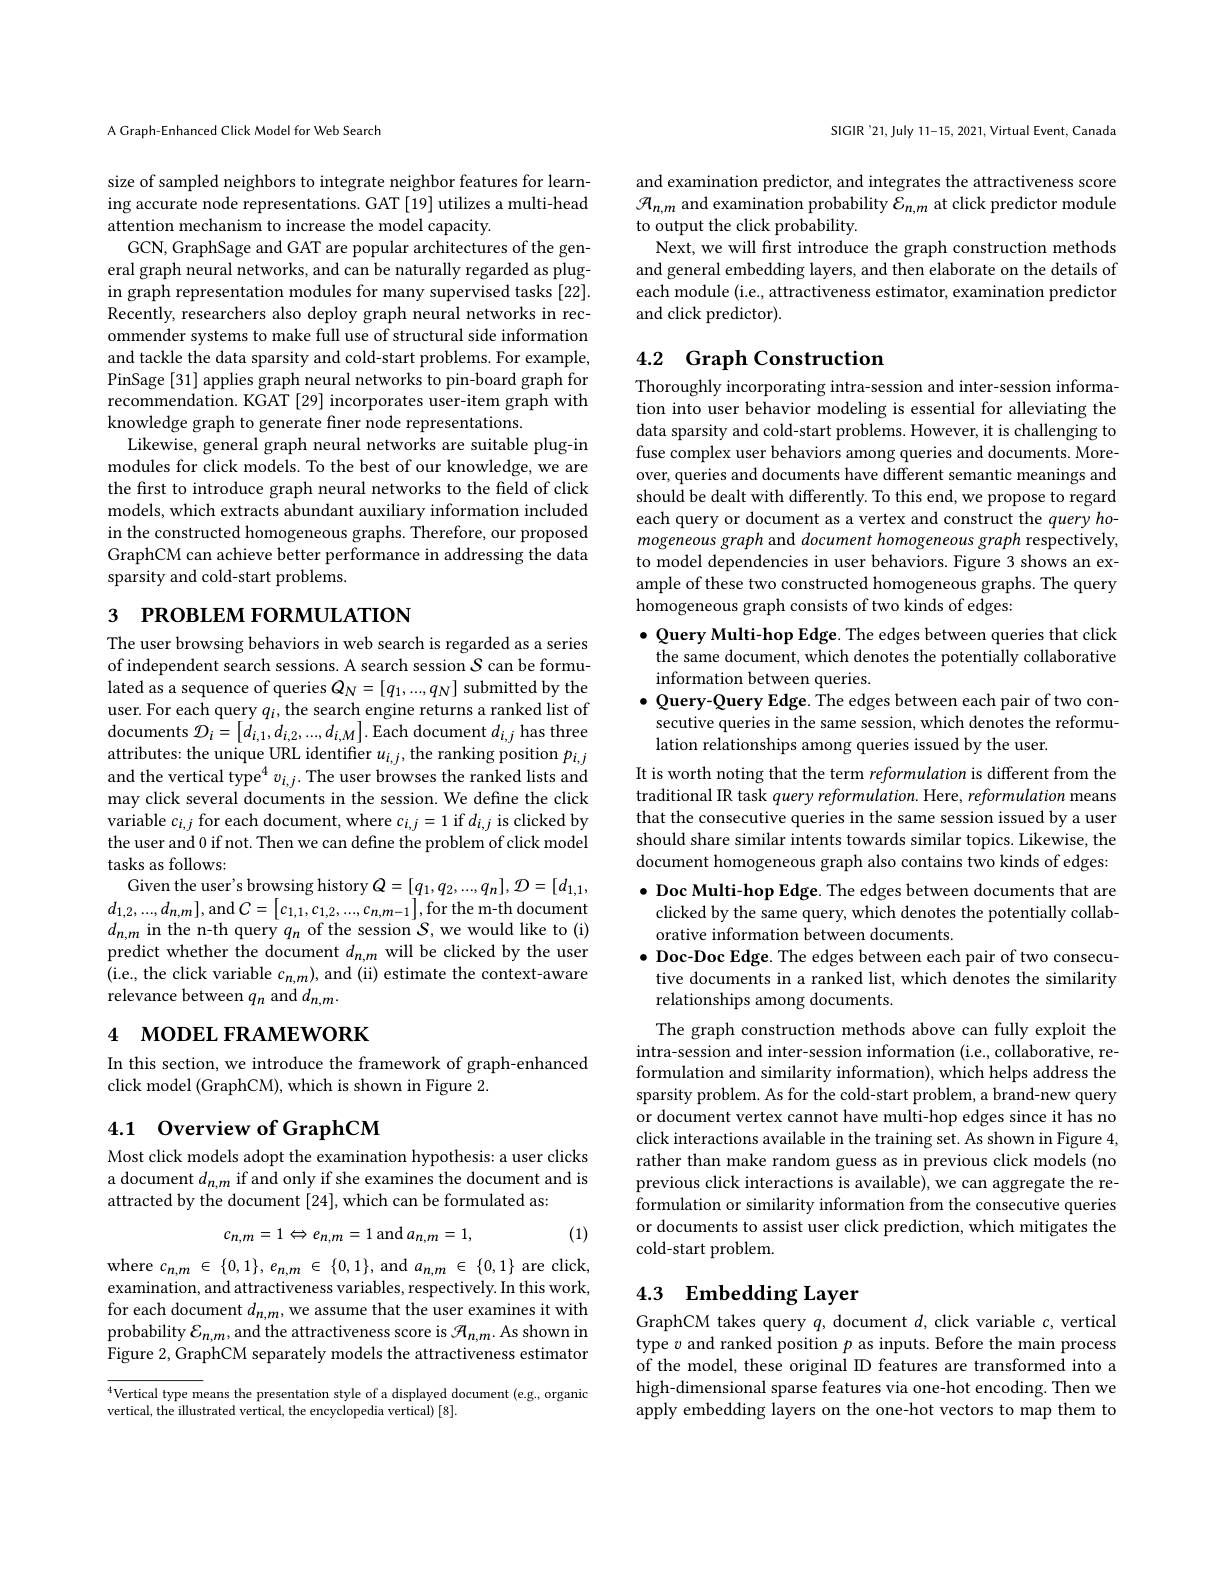
A Graph-Enhanced Click Model for Web Search

size of sampled neighbors to integrate neighbor features for learning accurate node representations. GAT [19] utilizes a multi-head attention mechanism to increase the model capacity.
GCN, GraphSage and GAT are popular architectures of the gen-

eral graph neural networks, and can be naturally regarded as plugin graph representation modules for many supervised tasks [22]. Recently, researchers also deploy graph neural networks in recommender systems to make full use of structural side information and tackle the data sparsity and cold-start problems. For example, PinSage [31] applies graph neural networks to pin-board graph for recommendation. KGAT [29] incorporates user-item graph with knowledge graph to generate finer node representations.
Likewise, general graph neural networks are suitable plug-in modules for click models. To the best of our knowledge, we are the first to introduce graph neural networks to the field of click models, which extracts abundant auxiliary information included in the constructed homogeneous graphs. Therefore, our proposed GraphCM can achieve better performance in addressing the data sparsity and cold-start problems.

# 3 РROВLEМ FORMULATION

The user browsing behaviors in web search is regarded as a series of independent search sessions. A search session $S$ can be formulated as a sequence of queries $Q_N=[q_1,...,q_N]$ submitted by the user. For each query $q_i$, the search engine returns a ranked list of documents $\mathcal{D}_i=\begin{bmatrix}d_{i,1},d_{i,2},...,d_{i,M}\end{bmatrix}.$ Each document $d_i,j$ has three attributes: the unique URL identifier $u_i,j$, the ranking position $p_{i,j}$ and the vertical type$^4v_{i,j}.$The user browses the ranked lists and may click several documents in the session. We define the click variable $c_{i,j}$ for each document, where $c_i,j=1$ if $d_i,j$ is clicked by the user and 0 if not. Then we can define the problem of click model tasks as follows:
Given the user's browsing history $Q=[q_1,q_2,...,q_n],{\mathcal D}=[d_{1,1}$, $d_{1,2},...,d_{n,m}]$,and$C=\left[c_{1,1},c_{1,2},...,c_{n,m-1}\right]$,for the m-th document $d_{n,m}$ in the n-th query $q_n$ of the session $\mathcal S$,we would like to (i) predict whether the document $d_n,m$ will be clicked by the user (i.e., the click variable $c_n,m)$, and (ii) estimate the context-aware relevance between $q_n$ and $d_n,m.$

# 4 мореL ғRAMEWORK

In this section, we introduce the framework of graph-enhanced
click model (GraphCM), which is shown in Figure 2.

## 4.1 Overview of GraphCM

Most click models adopt the examination hypothesis: a user clicks a document $d_{n,m}$ if and only if she examines the document and is attracted by the document [24], which can be formulated as:

(1)
$$c_{n,m}=1\Leftrightarrow e_{n,m}=1\:\mathrm{and}\:a_{n,m}=1,$$
where $c_{n,m}\in\{0,1\},e_{n,m}\in\{0,1\}$,and$a_n,m\in\{0,1\}$ are click, examination, and attractiveness variables, respectively. In this work, for each document $d_n,m$, we assume that the user examines it with probability $\mathcal{E}_n,m$, and the attractiveness score is $\mathcal{H}_n,m.$ As shown in Figure 2, GraphCM separately models the attractiveness estimator

$^{4}$Vertical type means the presentation style of a displayed document (e.g., organic
vertical, the illustrated vertical, the encyclopedia vertical) [8].

SICIR '21, July 11-15, 2021, Virtual Event, Canada

and examination predictor, and integrates the attractiveness score $\mathcal{H}_{n,m}$ and examination probability $\mathcal{E}_n,m$ at click predictor module to output the click probability.
Next, we will frst introduce the graph construction methods and general embedding layers, and then elaborate on the details of each module (i.e., attractiveness estimator, examination predictor and click predictor).

## 4.2 Graph Construction

Thoroughly incorporating intra-session and inter-session information into user behavior modeling is essential for alleviating the data sparsity and cold-start problems. However, it is challenging to fuse complex user behaviors among queries and documents. Moreover, queries and documents have different semantic meanings and should be dealt with differently. To this end, we propose to regard each query or document as a vertex and construct the query homogeneous graph and document homogeneous graph respectively to model dependencies in user behaviors. Figure 3 shows an example of these two constructed homogeneous graphs. The query homogeneous graph consists of two kinds of edges:

$\bullet$ Query Multi-hop Edge. The edges between queries that click the same document, which denotes the potentially collaborative information between queries.
$\bullet$ Query-Query Edge. The edges between each pair of two consecutive queries in the same session, which denotes the reformulation relationships among queries issued by the user.

It is worth noting that the term reformulation is different from the traditional IR task query reformulation. Here, reformulation means that the consecutive queries in the same session issued by a user should share similar intents towards similar topics. Likewise, the document homogeneous graph also contains two kinds of edges: $\bullet$ Doc Multi-hop Edge. The edges between documents that are clicked by the same query, which denotes the potentially collaborative information between documents
$\bullet$ Doc-Doc Edge. The edges between each pair of two consecutive documents in a ranked list, which denotes the similarity relationships among documents.
The graph construction methods above can fully exploit the intra-session and inter-session information (i.e., collaborative, reformulation and similarity information), which helps address the sparsity problem. As for the cold-start problem, a brand-new query or document vertex cannot have multi-hop edges since it has no click interactions available in the training set. As shown in Figure 4, rather than make random guess as in previous click models (no previous click interactions is available), we can aggregate the reformulation or similarity information from the consecutive queries or documents to assist user click prediction, which mitigates the cold-start problem.

# 4.3 Embedding Layer

GraphCM takes query $q$, document $d$, click variable $c$, vertical type $v$ and ranked position $p$ as inputs. Before the main process of the model, these original ID features are transformed into a high-dimensional sparse features via one-hot encoding. Then we apply embedding layers on the one-hot vectors to map them to